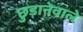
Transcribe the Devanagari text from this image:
छुड़ानेवाले